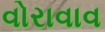
વોરાવાવ